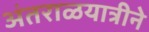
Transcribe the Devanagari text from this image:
अंतराळयात्रीने